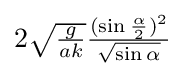
{\textstyle 2{\sqrt {\frac {g}{ak}}}{\frac {(\sin {\frac {\alpha }{2}})^{2}}{\sqrt {\sin \alpha }}}}